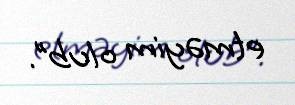
etməyim olub”.